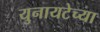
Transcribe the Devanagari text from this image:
युनायटेच्या